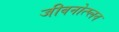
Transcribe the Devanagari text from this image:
जीवनोत्प्लव